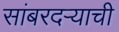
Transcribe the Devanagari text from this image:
सांबरदर्‍याची